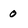
Character: 0